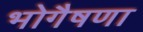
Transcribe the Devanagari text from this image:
भोगैषणा